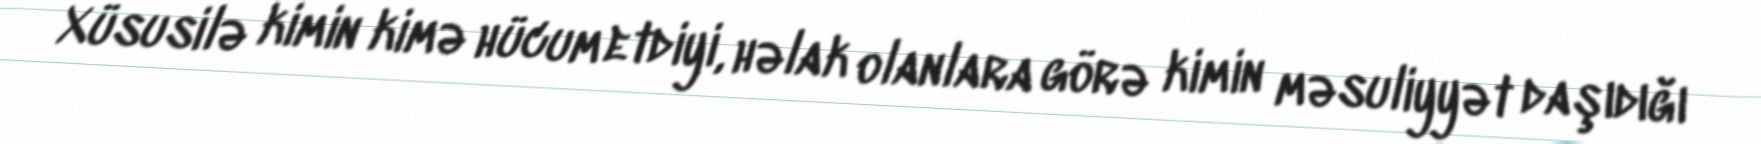
Xüsusilə kimin kimə hücum etdiyi, həlak olanlara görə kimin məsuliyyət daşıdığı